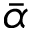
\bar { \alpha }